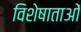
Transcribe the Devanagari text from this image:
विशेषाताओं